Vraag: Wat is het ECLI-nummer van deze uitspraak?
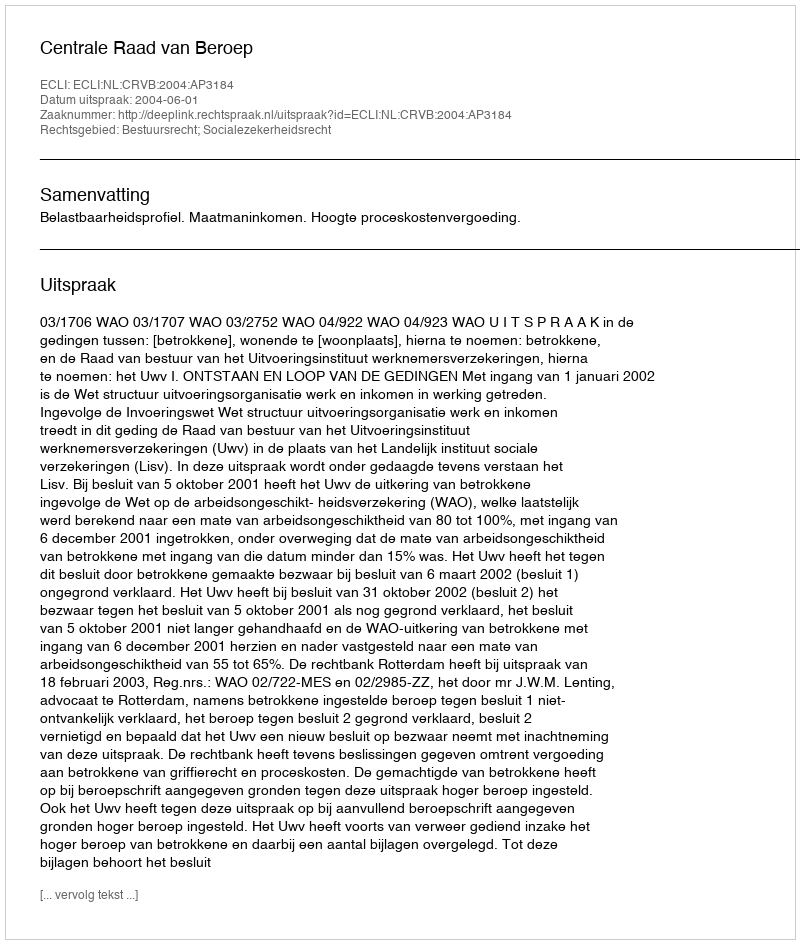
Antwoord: ECLI:NL:CRVB:2004:AP3184